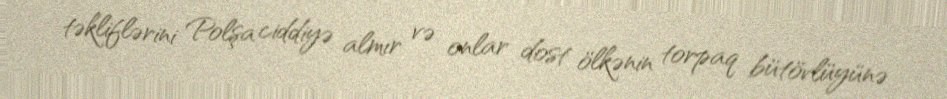
təkliflərini Polşa ciddiyə almır və onlar dost ölkənin torpaq bütövlüyünə